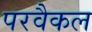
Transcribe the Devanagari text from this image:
परवैकल